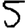
Digit: 5